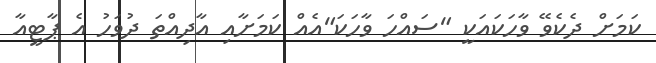
ކަމަށް ދެކެވޭ ވާހަކައަކީ "ސައްހަ ވާހަކަ"އެއް ކަމަށާއި އާދިއްތަ ދުވަހު އެ ޕާޓީއާ